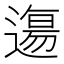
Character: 𲅰